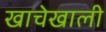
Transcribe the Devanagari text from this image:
खाचेखाली